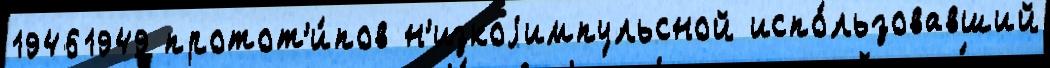
19461949 протот'и́пов н'изкоjимпульсной испо́льзовавший